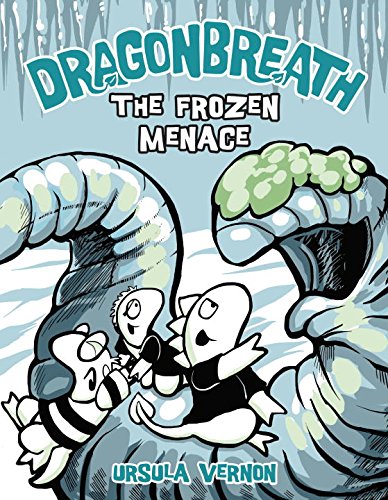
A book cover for Dragonbreath #11: The Frozen Menace; Ursula Vernon; Children's Books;